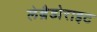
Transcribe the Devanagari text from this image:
लेब्रैडोराइट